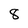
Character: 8